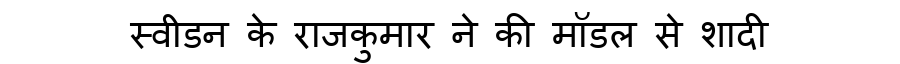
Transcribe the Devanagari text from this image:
स्वीडन के राजकुमार ने की मॉडल से शादी